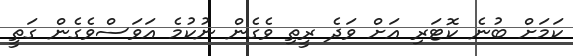
ކަމަށް ބުނެ ކޮޓަރި އަށް ވަދެ ރީތި ވެގެން ނުކުމެ އަވަސްވެގެން ގަތީ